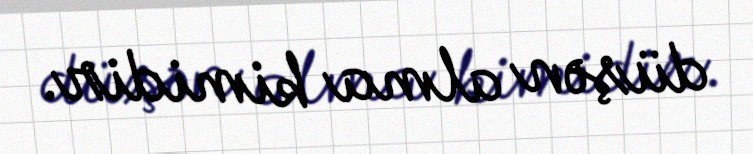
düşən alma kimidir.